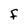
Character: f